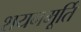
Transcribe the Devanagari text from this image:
शयनमूर्ति